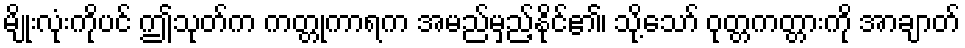
မျိုးလုံးကိုပင် ဤသုတ်က ကတ္တုကာရက အမည်မှည့်နိုင်၏၊ သို့သော် ဝုတ္တကတ္တားကို အာချာတ်